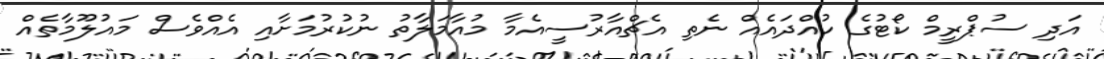
އަދި ސުޕްރީމް ކޯޓުގެ ހުއްދައެއް ނެތި އެޗްއާރުސީއެމާ މުއާމަލާތު ނުކުރުމަށާއި އެއްވެސް މައުލޫމާތެއް